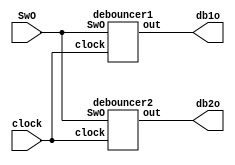
module L3(clock,SwO,db1o,db2o);

	input clock, SwO;
	output db1o, db2o;

	debouncer1 db1(.clock(clock), .SwO(SwO), .out(db1o)); 
	debouncer2 db2(.clock(clock), .SwO(SwO), .out(db2o)); 
	
endmodule

module debouncer1(clock,SwO,out);

	input SwO,clock;
	output reg out;
	reg [3:0] sw_reg;

	always @(posedge clock)
		begin
			sw_reg[0] <= SwO;
			sw_reg[3:1] <= sw_reg[2:0];
		
			if ((sw_reg[0] == sw_reg[1]) && (sw_reg[0] == sw_reg[2]) && (sw_reg[0] == sw_reg[3]))
				out <= sw_reg[0];
			else
				out <= out;
		end

endmodule

module debouncer2(clock,SwO,out);

	input clock;
	input SwO;
	output reg out;
	reg [1:0] ct;
	
	always @(posedge clock)
	begin
		if (ct == 2'b11)
			begin
			if (SwO != out)
				begin
					out <= ~out;
					ct <= 2'b00;
				end
			else
				begin
					out <= out;
					ct <= ct;
				end
			
			end
		else
			begin
				if (ct != 2'b11)
					ct <= ct + 2'b01;
				else
					ct <= ct;
			end
	end
	
endmodule